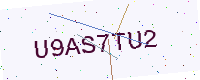
Text: U9AS7TU2